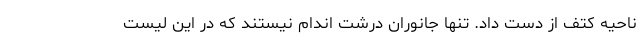
ناحیه کتف از دست داد. تنها جانوران درشت اندام نیستند که در این لیست